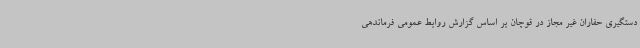
دستگیری حفاران غیر مجاز در قوچان بر اساس گزارش روابط عمومی فرماندهی